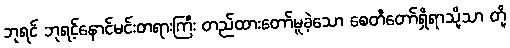
ဘုရင် ဘုရင့်နောင်မင်းတရားကြီး တည်ထားတော်မူခဲ့သော စေတီတော်ရှိရာသို့သာ တို့